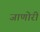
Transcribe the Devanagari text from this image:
जाणोरी